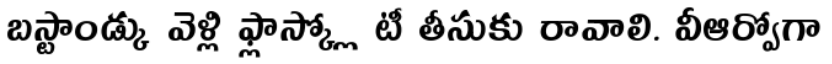
బస్టాండ్కు వెళ్లి ఫ్లాస్క్లో టీ తీసుకు రావాలి. వీఆర్వోగా